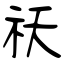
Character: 祆